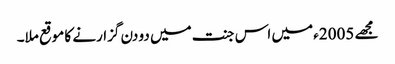
مجھے 2005ء میں اس جنت میں دو دن گزارنے کا موقع ملا۔